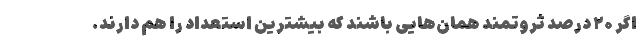
اگر ۲۰ درصد ثروتمند همان‌هایی باشند که بیشترین استعداد را هم دارند.